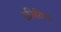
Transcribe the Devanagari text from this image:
समितिचा